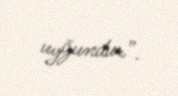
uyğundur”.